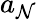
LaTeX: a_{\mathcal{N}}